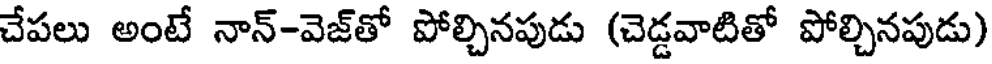
చేపలు అంటే నాన్-వెజ్తో పోల్చినపుడు (చెడ్డవాటితో పోల్చినపుడు)